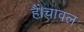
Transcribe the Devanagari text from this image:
हैं।चावल